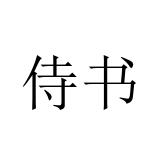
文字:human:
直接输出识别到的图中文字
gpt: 侍书